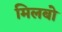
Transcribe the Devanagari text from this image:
मिलबो